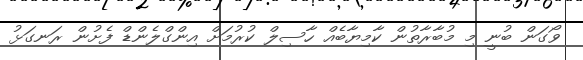
ވޯގަން ބުނީ މި މުބާރާތުން ކާމިޔާބެއް ހާސިލް ކުރުމަށް އިންގްލެންޑް ފެށުން ރަނގަޅު